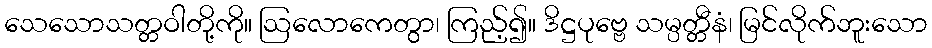
သေသောသတ္တဝါတို့ကို။ ဩလောကေတွာ၊ ကြည့်၍။ ဒိဋ္ဌပုဗ္ဗေ သမ္ပတ္တီနံ၊ မြင်လိုက်ဘူးသော